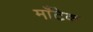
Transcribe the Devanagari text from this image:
माँटेक